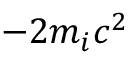
- 2 m _ { i } c ^ { 2 }